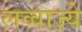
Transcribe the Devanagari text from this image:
लव्वाज़्ये